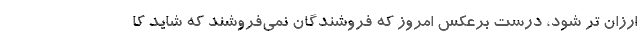
ارزان تر شود، درست برعکس امروز که فروشندگان نمی‌فروشند که شاید کا